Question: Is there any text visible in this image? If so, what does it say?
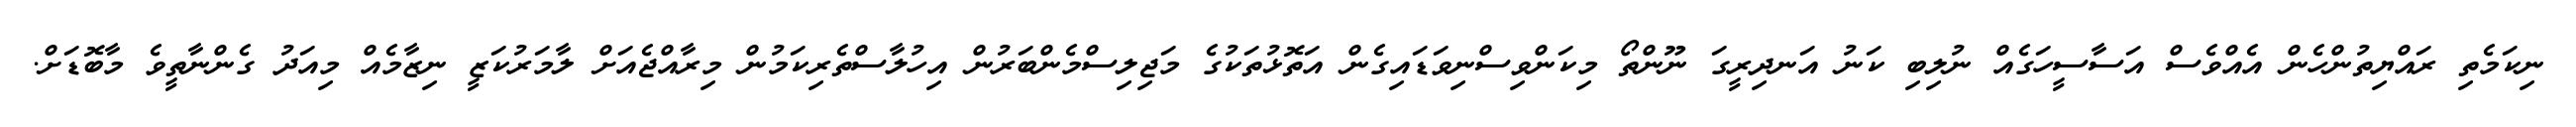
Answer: ނިކަމެތި ރައްޔިތުންހެން އެއްވެސް އަސާސީހަގެއް ނުލިބި ކަނު އަނދިރީގަ ނޫންތޯ މިކަންވިސްނިވަޑައިގެން އަތޮޅުތަކުގެ މަޖިލިސްމެންބަރުން އިހުލާސްތެރިކަމުން މިރާއްޖެއަށް ލާމަރުކަޒީ ނިޒާމެއް މިއަދު ގެންނާތީވެ މާބޮޑަށް.